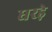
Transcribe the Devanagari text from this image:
घरड़े